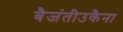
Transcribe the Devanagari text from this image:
बैजंतीउकैना